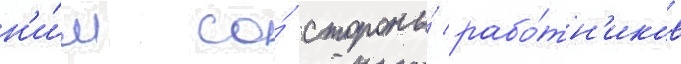
н'и́м со́ стороны́ рабо́тн'иков